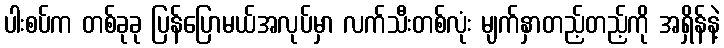
ပါးစပ်က တစ်ခုခု ပြန်ပြောမယ်အလုပ်မှာ လက်သီးတစ်လုံး မျက်နှာတည့်တည့်ကို အရှိန်နဲ့